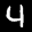
Label: 4